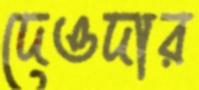
দেওদার